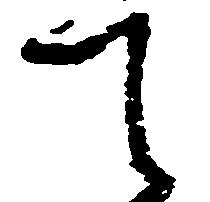
て